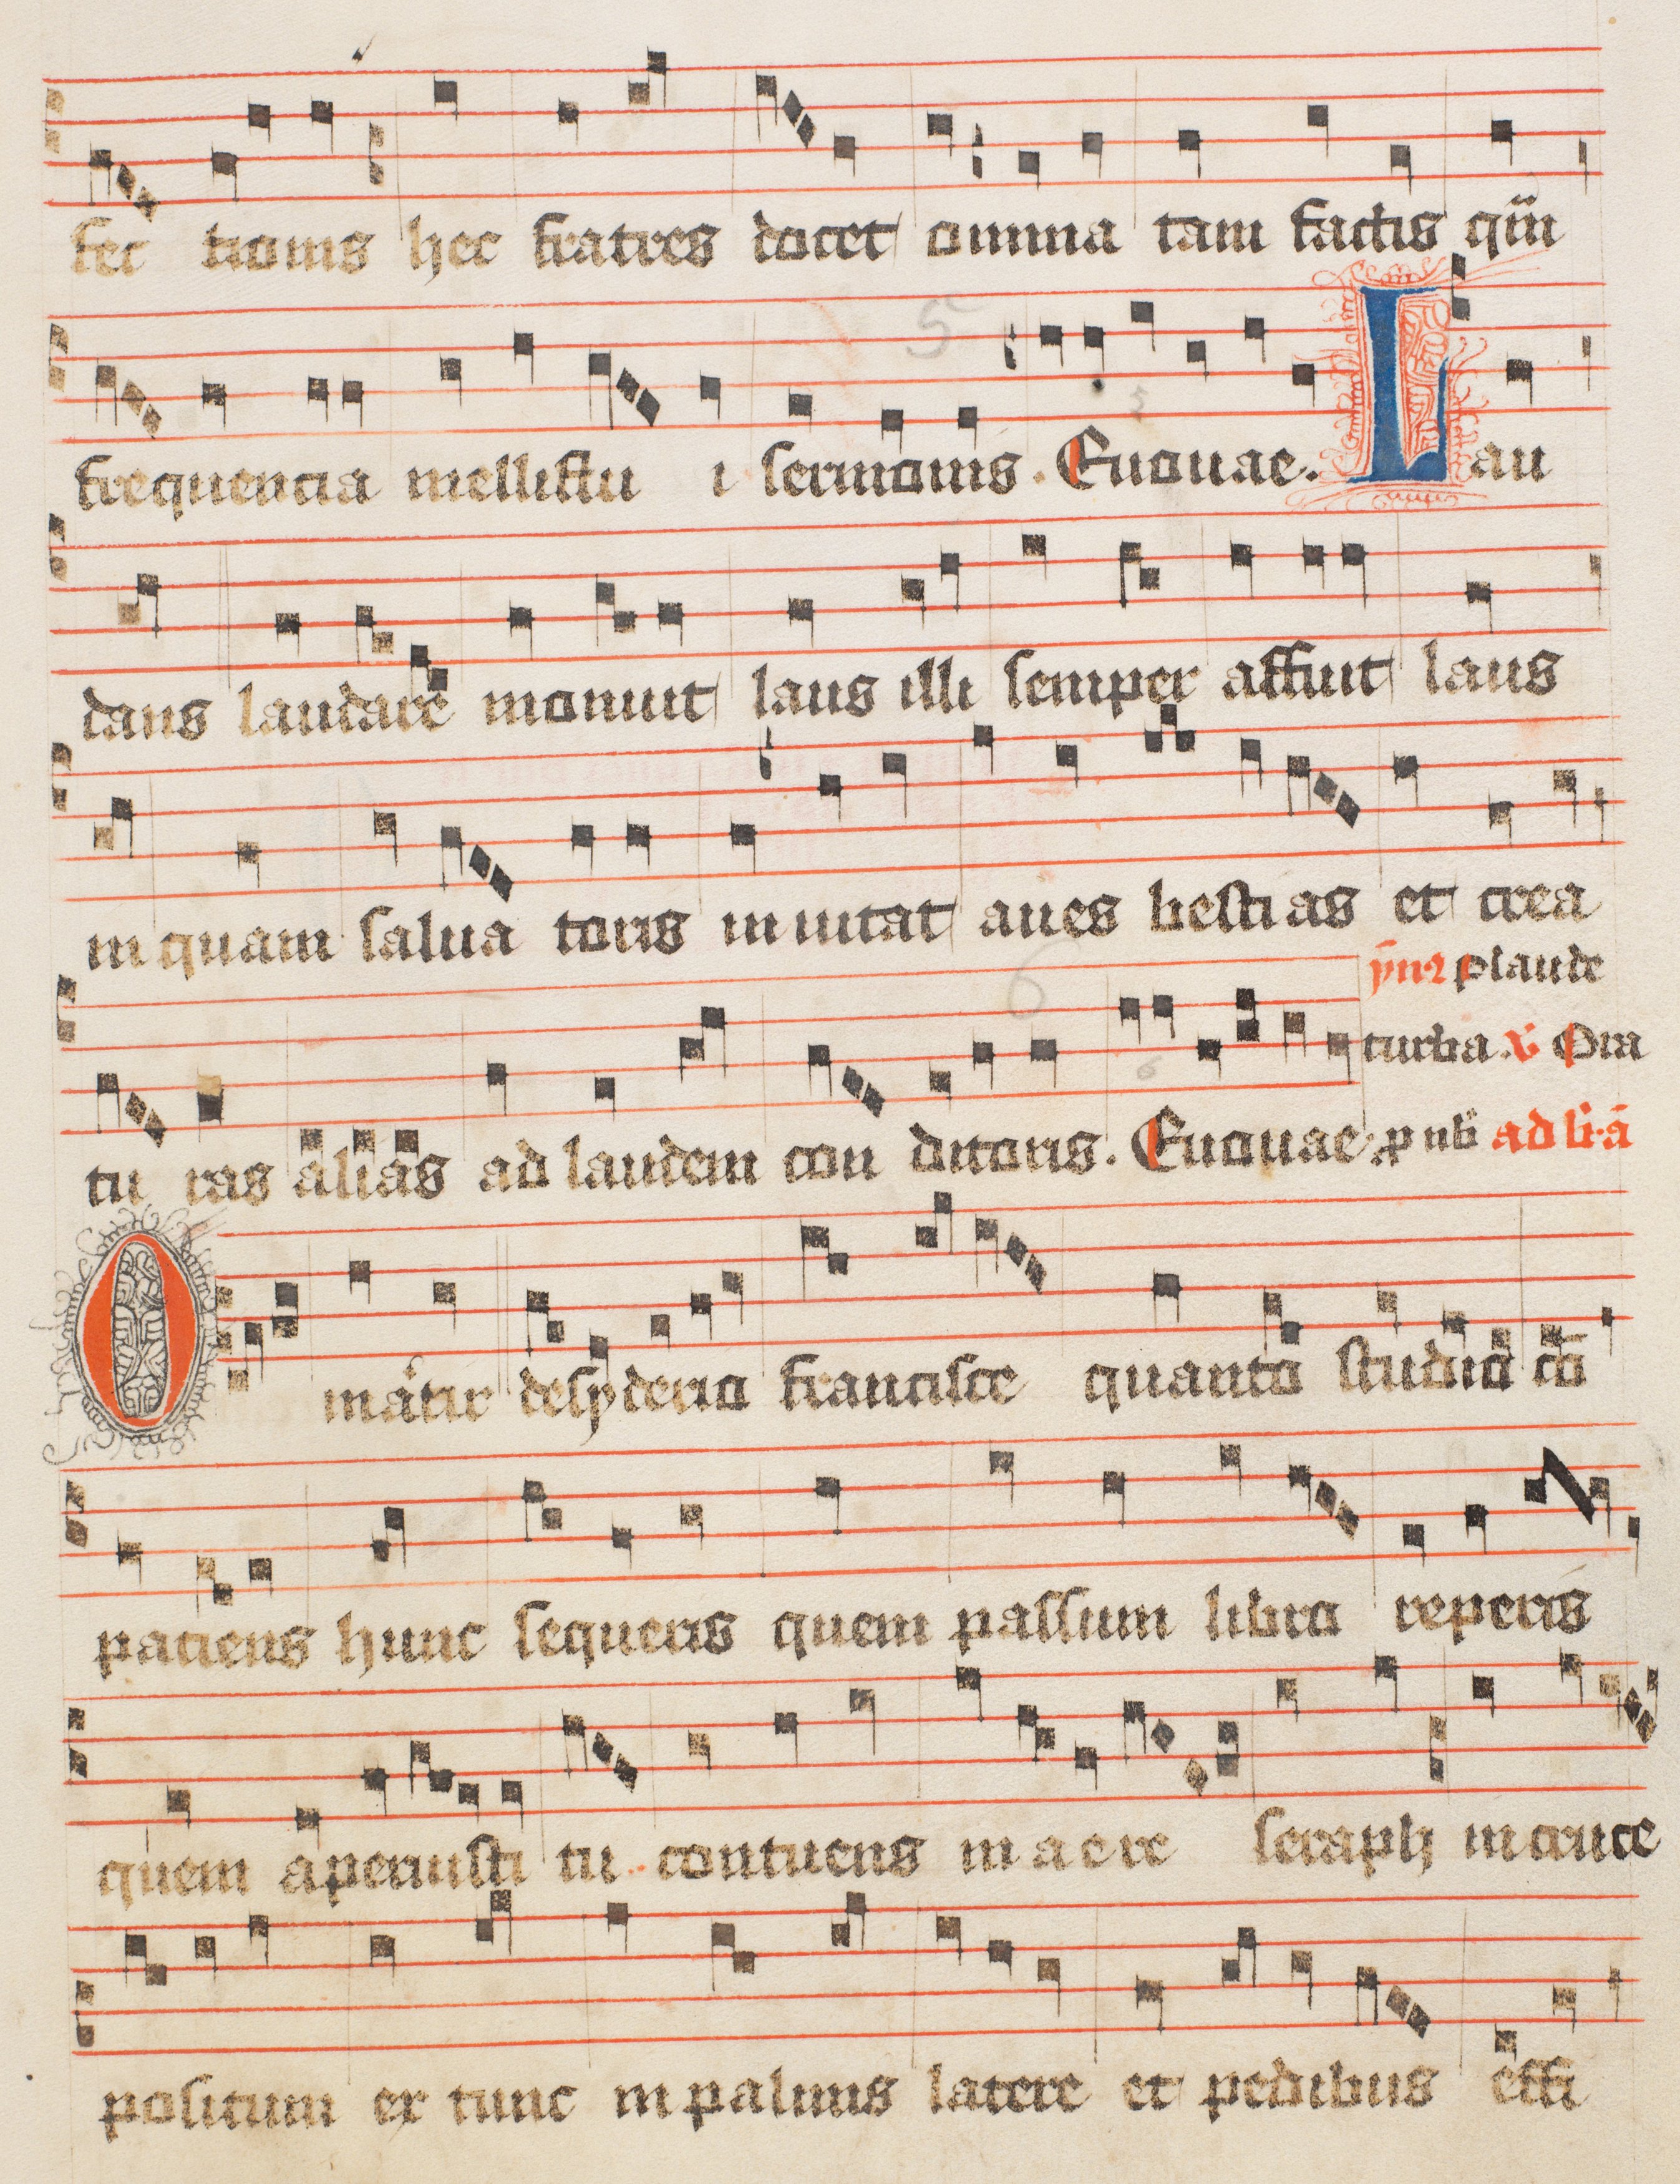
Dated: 1488–1488